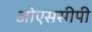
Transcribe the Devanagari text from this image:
ओएससीपी